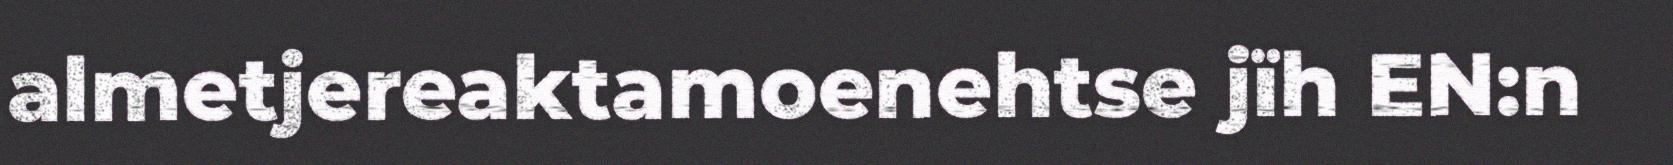
almetjereaktamoenehtse jïh EN:n